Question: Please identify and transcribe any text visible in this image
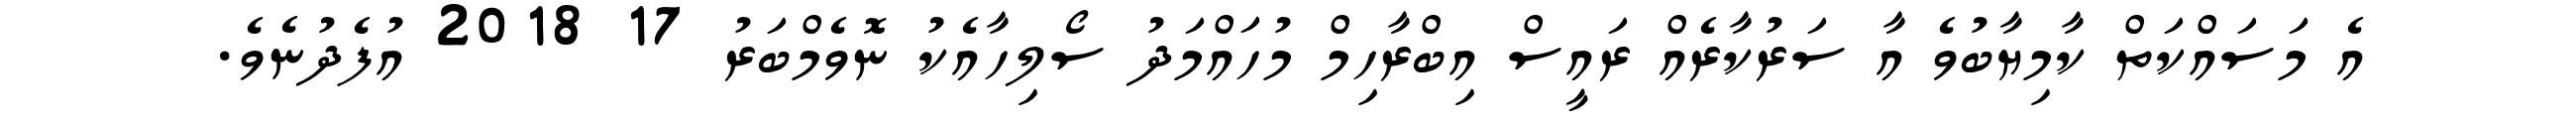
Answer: އެ މަސައްކަތް ކާމިޔާބުވެ އާ ސަރުކާރެއް ރައީސް އިބްރާހިމް މުހައްމަދު ސޯލިހާއެކު ނޮވެމްބަރު 17 2018 އުފެދުނެވެ.